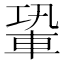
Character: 䡗